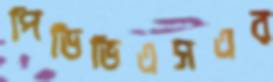
পিডিভিএসএর